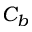
C _ { b }